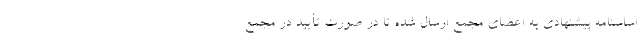
اساسنامه پیشنهادی به اعضای مجمع ارسال شده تا در صورت تأیید در مجمع